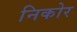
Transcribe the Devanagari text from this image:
निकोर